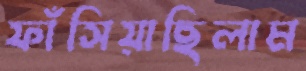
ফাঁসিয়াছিলাম